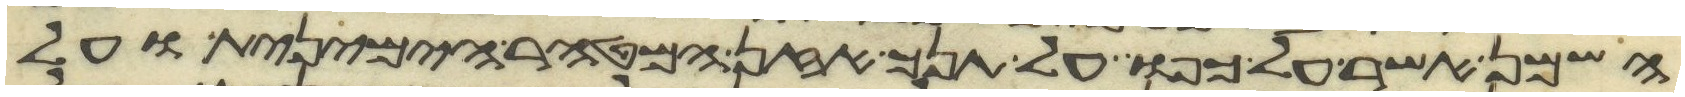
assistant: השמן אשר על כפו על תנך אזן המטהר הימנית ועל